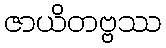
ဇာယိတဗ္ဗဿ